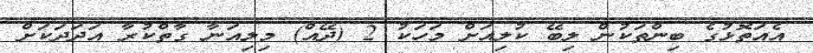
އެއަތޮޅުގެ ބިންތަކުން ލިބޭ ކުލިއަށް މަހަކު 2 (ދޭއް) މިލިއަނާ ގާތްކުރާ އަދަދަކަށް